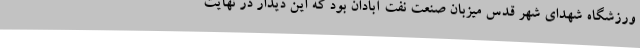
ورزشگاه شهدای شهر قدس میزبان صنعت نفت آبادان بود که این دیدار در نهایت